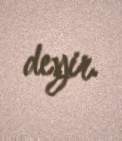
deyir.